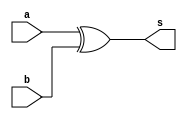
// ------------------------- 
// Exemplo0031 - complemento1 
// Nome: Gabriel Luiz M. G. Vieira 
// ------------------------- 
// ------------------------- 
// somador_gate 
// -------------------------

module C1 (output  s,
input  a, 
input  b);

xor XOR1 (s,a,b);

endmodule//C1 

module adder (output  s0, output s1,
input  a, 
input  b);

xor XOR1 (s0,a,b);
and AND1 (s1,a,b);

endmodule//adder

module fulladder (output  s0, output s1,
input  a, 
input  b,
input  c);
wire x,y,z;

adder AD1 (x,y,a,b);
adder AD2 (s0,z,x,c);
or OR1 (s1,z,y);

endmodule//fulladder

module somador (output  s0, output  s1, output  s2, output  s3, output  s4,
input  [3:0] a, 
input  [3:0] b,
input c);

wire w,p,q,r;
wire [3:0] z;
C1 c0(z[0],c,b[0]);
C1 c1(z[1],c,b[1]);
C1 c2(z[2],c,b[2]);
C1 c3(z[3],c,b[3]);
fulladder FA1(s0,w,a[0],z[0],c);
fulladder FA2(s1,p,a[1],z[1],w);
fulladder FA3(s2,q,a[2],z[2],p);
fulladder FA4(s3,r,a[3],z[3],q);
C1 c4(s4,r,c);

endmodule//somador

module test_somador; 
// ------------------------- definir dados 
reg [3:0] y,z;  
reg c;
wire g,h,i,j,k;
somador modulo1 (g,h,i,j,k,y,z,c);
// ------------------------- parte principal 
initial begin 
$display("Exemplo0031 - Gabriel Luiz M. G. Vieira - 441691"); 
$display("Test LU's module"); 
y = 4'b0000; z = 4'b0000; c = 'b0;
// projetar testes do modulo 
#1 $monitor("%4b  %4b  %1b = %1b %4b%4b%4b%4b ",y,z,c,k,j,i,h,g);
#1 y = 4'b0001; z = 4'b0000; c = 'b0;
#1 y = 4'b0001; z = 4'b0001; c = 'b0;
#1 y = 4'b0010; z = 4'b0001; c = 'b0;
#1 y = 4'b0010; z = 4'b0010; c = 'b0;
#1 y = 4'b0011; z = 4'b0010; c = 'b0;
#1 y = 4'b0011; z = 4'b0011; c = 'b0;
#1 y = 4'b0100; z = 4'b0011; c = 'b0;
#1 y = 4'b0100; z = 4'b0100; c = 'b0;
#1 y = 4'b0101; z = 4'b0100; c = 'b0;
#1 y = 4'b0101; z = 4'b0101; c = 'b0;
#1 y = 4'b0110; z = 4'b0101; c = 'b0;
#1 y = 4'b0110; z = 4'b0110; c = 'b0;
#1 y = 4'b0111; z = 4'b0110; c = 'b0;
#1 y = 4'b0111; z = 4'b0111; c = 'b0;
#1 y = 4'b1000; z = 4'b0111; c = 'b0;
#1 y = 4'b1000; z = 4'b1000; c = 'b0;
#1 y = 4'b1001; z = 4'b1000; c = 'b0;
#1 y = 4'b1001; z = 4'b1001; c = 'b0;
#1 y = 4'b1010; z = 4'b1001; c = 'b0;
#1 y = 4'b1010; z = 4'b1010; c = 'b0;
#1 y = 4'b1011; z = 4'b1010; c = 'b0;
#1 y = 4'b1011; z = 4'b1011; c = 'b0;
#1 y = 4'b1100; z = 4'b1011; c = 'b0;
#1 y = 4'b1100; z = 4'b1100; c = 'b0;
#1 y = 4'b1101; z = 4'b1100; c = 'b0;
#1 y = 4'b1101; z = 4'b1101; c = 'b0;
#1 y = 4'b1110; z = 4'b1101; c = 'b0;
#1 y = 4'b1110; z = 4'b1110; c = 'b0;
#1 y = 4'b1111; z = 4'b1110; c = 'b0;
#1 y = 4'b1111; z = 4'b1111; c = 'b0;

#1 z = 4'b0000; y = 4'b0000; c = 'b1;
#1 z = 4'b0001; y = 4'b0000; c = 'b1;
#1 z = 4'b0001; y = 4'b0001; c = 'b1;
#1 z = 4'b0010; y = 4'b0001; c = 'b1;
#1 z = 4'b0010; y = 4'b0010; c = 'b1;
#1 z = 4'b0011; y = 4'b0010; c = 'b1;
#1 z = 4'b0011; y = 4'b0011; c = 'b1;
#1 z = 4'b0100; y = 4'b0011; c = 'b1;
#1 z = 4'b0100; y = 4'b0100; c = 'b1;
#1 z = 4'b0101; y = 4'b0100; c = 'b1;
#1 z = 4'b0101; y = 4'b0101; c = 'b1;
#1 z = 4'b0110; y = 4'b0101; c = 'b1;
#1 z = 4'b0110; y = 4'b0110; c = 'b1;
#1 z = 4'b0111; y = 4'b0110; c = 'b1;
#1 z = 4'b0111; y = 4'b0111; c = 'b1;
#1 z = 4'b1000; y = 4'b0111; c = 'b1;
#1 z = 4'b1000; y = 4'b1000; c = 'b1;
#1 z = 4'b1001; y = 4'b1000; c = 'b1;
#1 z = 4'b1001; y = 4'b1001; c = 'b1;
#1 z = 4'b1010; y = 4'b1001; c = 'b1;
#1 z = 4'b1010; y = 4'b1010; c = 'b1;
#1 z = 4'b1011; y = 4'b1010; c = 'b1;
#1 z = 4'b1011; y = 4'b1011; c = 'b1;
#1 z = 4'b1100; y = 4'b1011; c = 'b1;
#1 z = 4'b1100; y = 4'b1100; c = 'b1;
#1 z = 4'b1101; y = 4'b1100; c = 'b1;
#1 z = 4'b1101; y = 4'b1101; c = 'b1;
#1 z = 4'b1110; y = 4'b1101; c = 'b1;
#1 z = 4'b1110; y = 4'b1110; c = 'b1;
#1 z = 4'b1111; y = 4'b1110; c = 'b1;
#1 z = 4'b1111; y = 4'b1111; c = 'b1;

end 
endmodule // test_somador